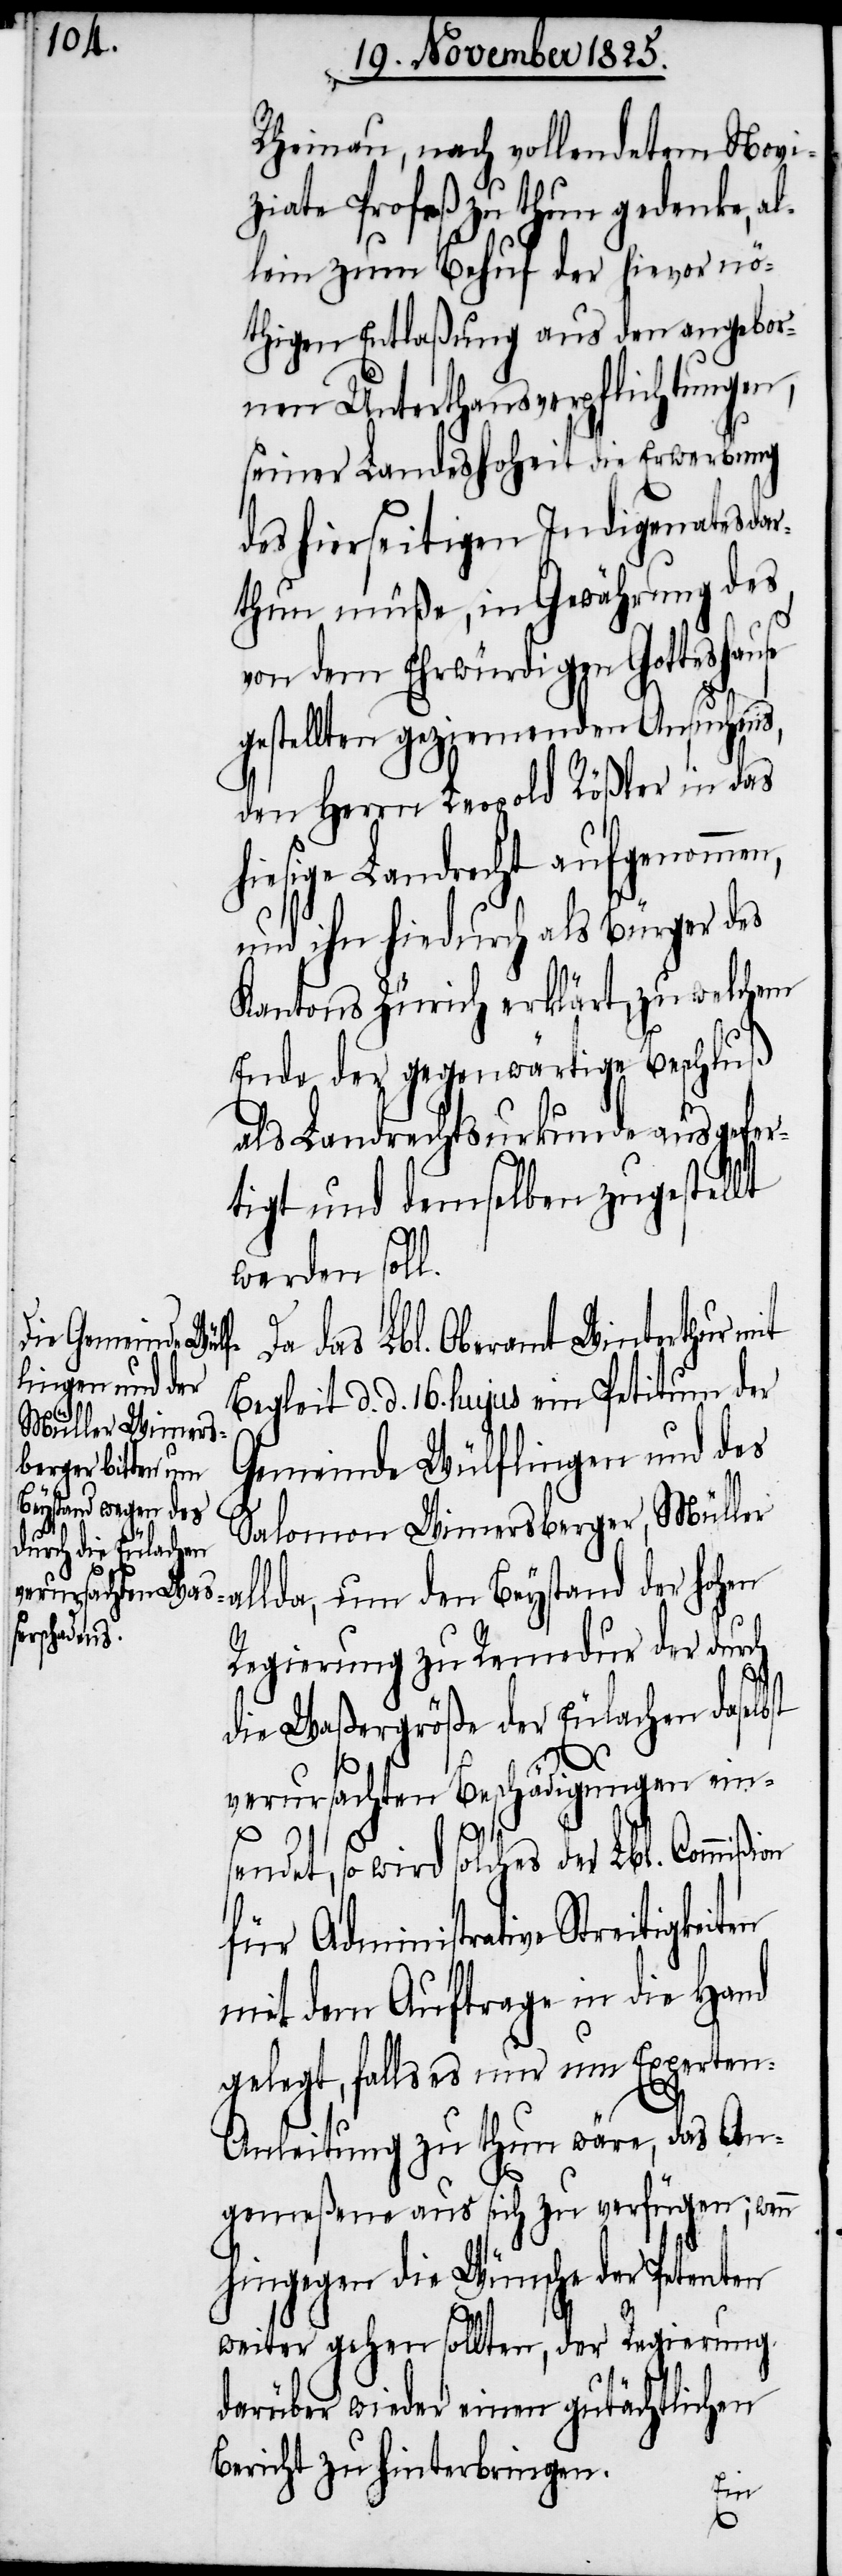
en
Rheinau, nach vollendetem Novi¬
ziate Profeß zu thun gedenke, al¬
lein zum Behuf der hievor nö¬
thigen Entlaßung aus den angebor¬
nen Unterhausverpflichtungen,
seiner Landeshoheit die Erwerbung
des hierseitigen Indigenates da¬
rthun müße, in Gewährung des
von dem Ehrwürdigen Gotteshause
gestellten geziemenden Ansuchens,
den Herrn Leopold Rößler in das
hiesige Landrecht aufgenommen,
und ihn hiedurch als Bürger des
Kantons Zürich erklärt, zu welchem
Ende der gegenwärtige Beschluß
als Landrechtsurkunde ausgefer¬
tigt und demselben zugestellt
werden soll.
Da das Lbl. Oberamt Winterthur mit
Begleit d. d. 16. hujus ein Petitum der
Gemeinde Wülflingen und des
Salomon Wimersberger, Müll¬
er allda, um den Beystand der hohen
Regierung zu Remedur der durch
die Waßergröße der Eulachen daselb¬
st
verursachten Beschädigungen ein¬
sendet, so wird solches der Lbl. Commißion
für Administrative Streitigkeit¬
mit dem Auftrage in die Hand
gelegt, falls es nur um Experte¬
n-Anleitung zu thun wäre, das An¬
gemeßene aus sich zu verfügen, wenn
hingegen die Wünsche der Petenten
weiter gehen sollten, der Regierung
darüber wieder einen gutächtlichen
Bericht zu hinterbringen.